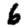
Digit: 6